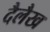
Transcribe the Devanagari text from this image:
दैलैख